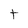
Character: t